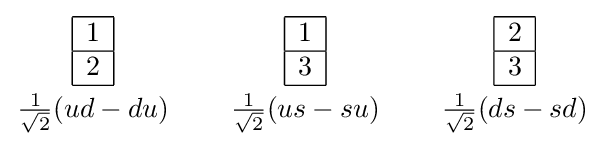
{{\begin{array}{|c|}\hline 1\\\hline 2\\\hline \end{array}} \atop {\frac {1}{\sqrt {2}}}(ud-du)}\qquad {{\begin{array}{|c|}\hline 1\\\hline 3\\\hline \end{array}} \atop {\frac {1}{\sqrt {2}}}(us-su)}\qquad {{\begin{array}{|c|}\hline 2\\\hline 3\\\hline \end{array}} \atop {\frac {1}{\sqrt {2}}}(ds-sd)}